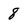
Character: 8